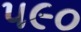
૫૯૦